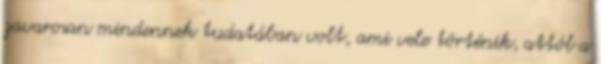
zavarosan mindennek tudatában volt, ami vele történik, attól a